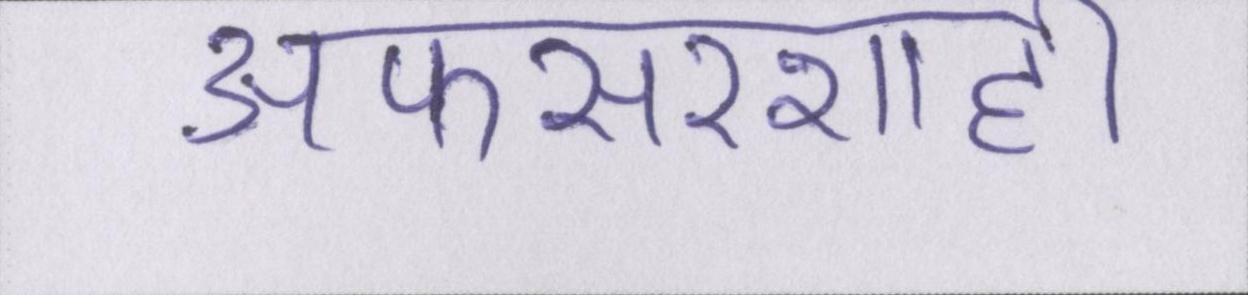
अफसरशाही